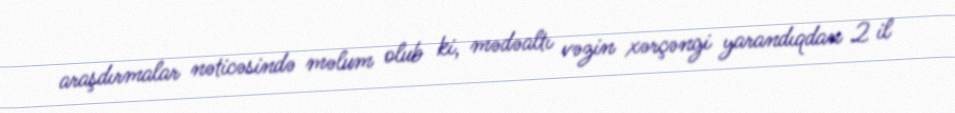
araşdırmalar nəticəsində məlum olub ki, mədəaltı vəzin xərçəngi yarandıqdan 2 il